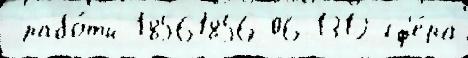
 рабо́ты 18561856-06-1312 сф'е́ра